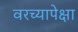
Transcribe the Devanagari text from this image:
वरच्यापेक्षा